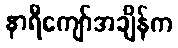
နာရီကျော်အချိန်က